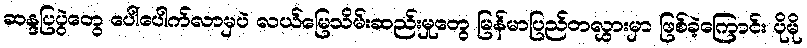
ဆန္ဒပြပွဲတွေ ပေါ်ပေါက်လာမှပဲ လယ်မြေသိမ်းဆည်းမှုတွေ မြန်မာပြည်တလွှားမှာ ဖြစ်ခဲ့ကြောင်း ပိုမို